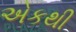
એકથી